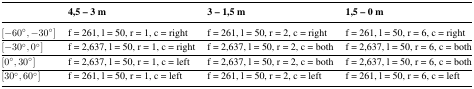
<table><thead><tr><td></td><td><b>4,5 – 3 m</b></td><td><b>3 – 1,5 m</b></td><td><b>1,5 – 0 m</b></td></tr></thead><tbody><tr><td>[−60°, −30°]</td><td>f = 261, l = 50, r = 1, c = right</td><td>f = 261, l = 50, r = 2, c = right</td><td>f = 261, l = 50, r = 6, c = right</td></tr><tr><td>[−30°, 0°]</td><td>f = 2,637, l = 50, r = 1, c = right</td><td>f = 2,637, l = 50, r = 2, c = both</td><td>f = 2,637, l = 50, r = 6, c = both</td></tr><tr><td>[0°, 30°]</td><td>f = 2,637, l = 50, r = 1, c = left</td><td>f = 2,637, l = 50, r = 2, c = both</td><td>f = 2,637, l = 50, r = 6, c = both</td></tr><tr><td>[30°, 60°]</td><td>f = 261, l = 50, r = 1, c = left</td><td>f = 261, l = 50, r = 2, c = left</td><td>f = 261, l = 50, r = 6, c = left</td></tr></tbody></table>